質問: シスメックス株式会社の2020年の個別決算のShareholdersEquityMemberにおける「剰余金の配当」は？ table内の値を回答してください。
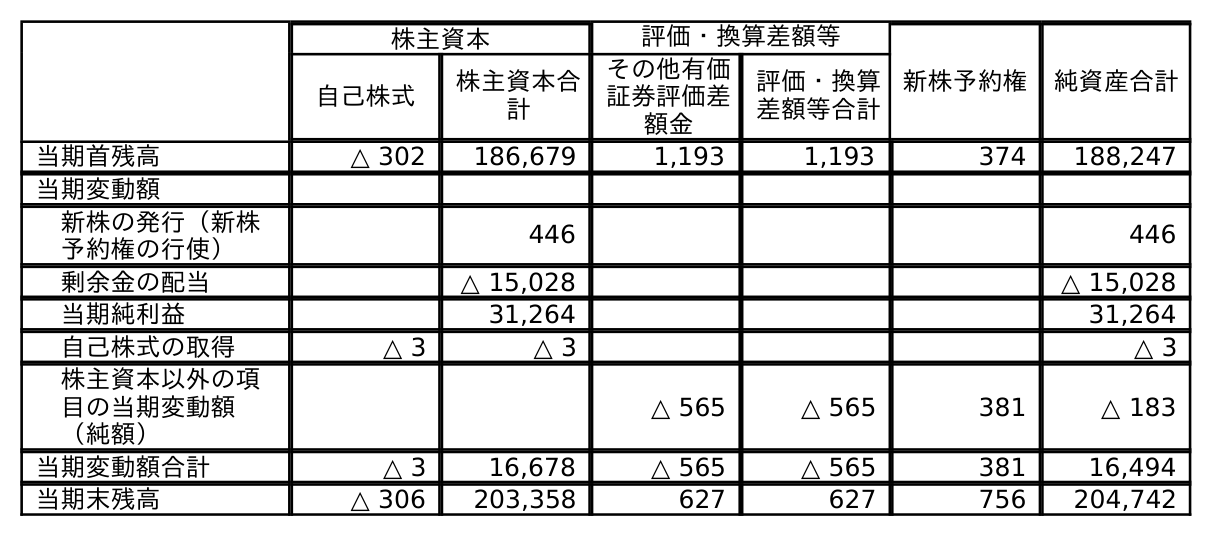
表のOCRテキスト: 株主資本 評価・換算差額等 新株予約権 純資産合計 自己株式 株主資本合 計 その他有価 証券評価差 額金 評価・換算 差額等合計 当期首残高 △ 302 186,679 1,193 1,193 374 188,247 当期変動額 新株の発行（新株 予約権の行使） 446 446 剰余金の配当 △ 15,028 △ 15,028 当期純利益 31,264 31,264 自己株式の取得 △ 3 △ 3 △ 3 株主資本以外の項 目の当期変動額 （純額） △ 565 △ 565 381 △ 183 当期変動額合計 △ 3 16,678 △ 565 △ 565 381 16,494 当期末残高 △ 306 203,358 627 627 756 204,742
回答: △15,028